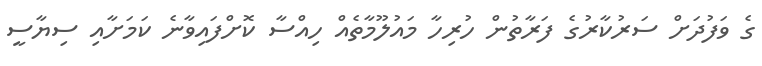
ގެ ވަފުދަށް ސަރުކާރުގެ ފަރާތުން ހުރިހާ މައުލޫމާތެއް ހިއްސާ ކޮށްފައިވާނެ ކަމަށާއި ސިޔާސީ